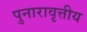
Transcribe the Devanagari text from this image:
पुनारावृत्तीय